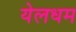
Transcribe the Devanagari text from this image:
येलधम